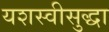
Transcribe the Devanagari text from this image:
यशस्वीसुद्धा